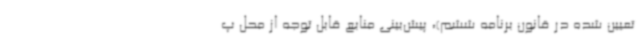
تعیین شده در قانون برنامه ششم)، پیش‌بینی منابع قابل توجه از محل پ